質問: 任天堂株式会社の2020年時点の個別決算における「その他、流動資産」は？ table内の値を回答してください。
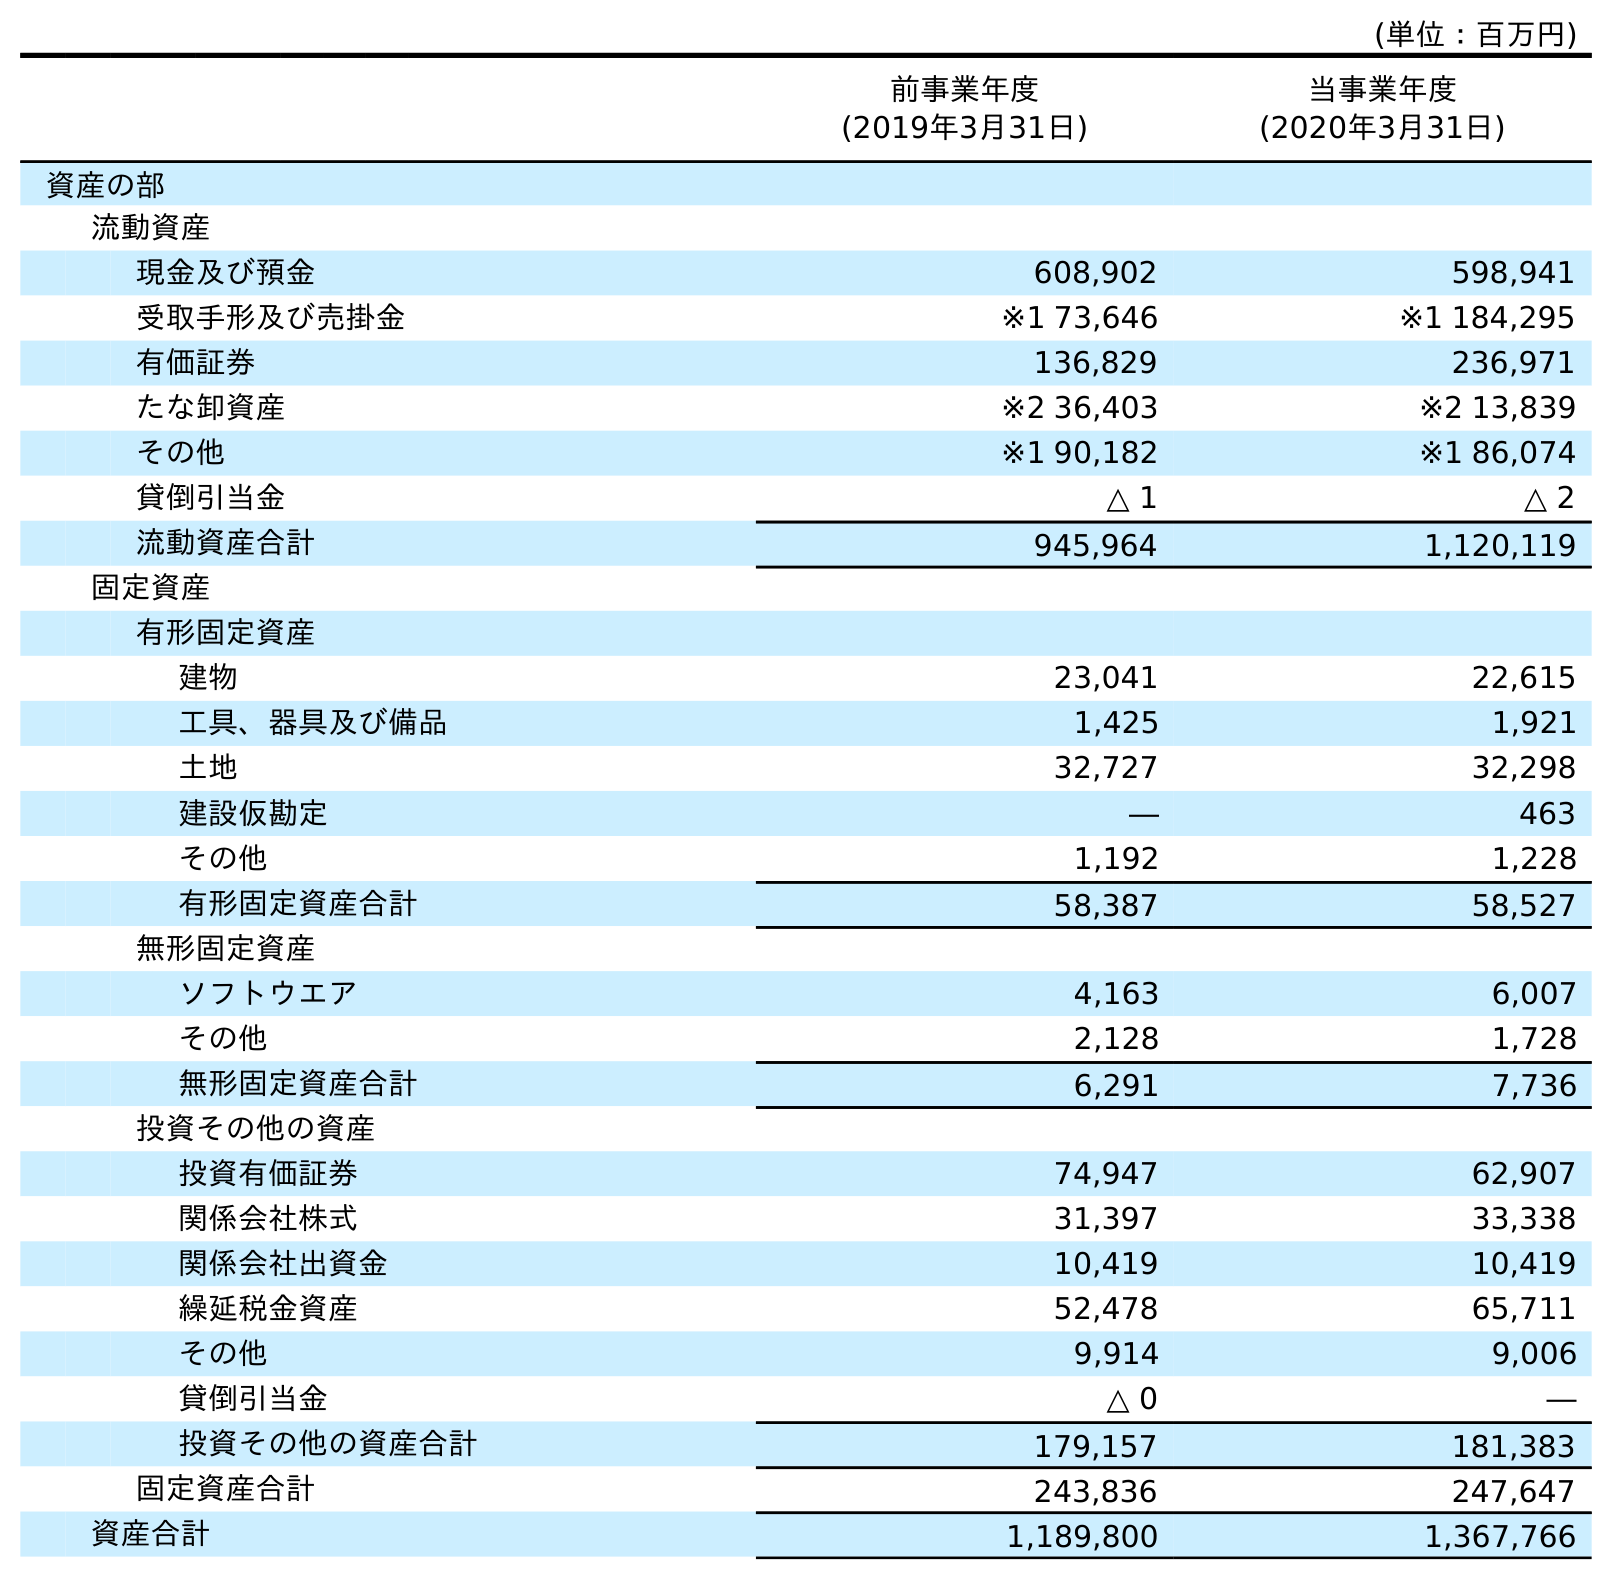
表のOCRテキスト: (単位：百万円) 前事業年度 (2019年3月31日) 当事業年度 (2020年3月31日) 資産の部 流動資産 現金及び預金 608,902 598,941 受取手形及び売掛金 ※1 73,646 ※1 184,295 有価証券 136,829 236,971 たな卸資産 ※2 36,403 ※2 13,839 その他 ※1 90,182 ※1 86,074 貸倒引当金 △ 1 △ 2 流動資産合計 945,964 1,120,119 固定資産 有形固定資産 建物 23,041 22,615 工具、器具及び備品 1,425 1,921 土地 32,727 32,298 建設仮勘定 ― 463 その他 1,192 1,228 有形固定資産合計 58,387 58,527 無形固定資産 ソフトウエア 4,163 6,007 その他 2,128 1,728 無形固定資産合計 6,291 7,736 投資その他の資産 投資有価証券 74,947 62,907 関係会社株式 31,397 33,338 関係会社出資金 10,419 10,419 繰延税金資産 52,478 65,711 その他 9,914 9,006 貸倒引当金 △ 0 ― 投資その他の資産合計 179,157 181,383 固定資産合計 243,836 247,647 資産合計 1,189,800 1,367,766
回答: ※186,074